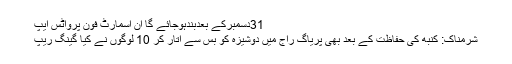
31دسمبرکے بعدبندہوجائے گا ان اسمارٹ فون پرواٹس ایپ
شرمناک: کنبھ کی حفاظت کے بعد بھی پریاگ راج میں دوشیزہ کو بس سے اتار کر 10 لوگوں نے کیا گینگ ریپ